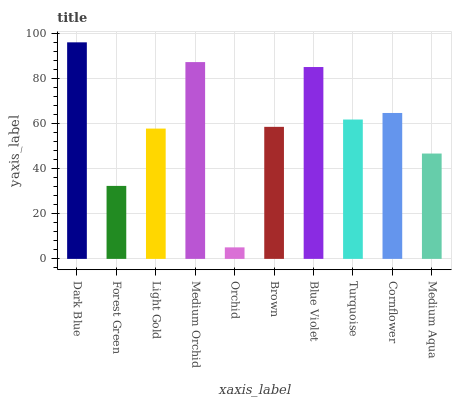
| xaxis_label | bars |
 | --- | --- |
 | Dark Blue | 96.2 |
 | Forest Green | 32.4 |
 | Light Gold | 57.9 |
 | Medium Orchid | 87.4 |
 | Orchid | 5.12 |
 | Brown | 58.6 |
 | Blue Violet | 85.2 |
 | Turquoise | 61.9 |
 | Cornflower | 64.8 |
 | Medium Aqua | 46.8 |